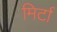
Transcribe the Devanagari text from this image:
मिर्टा